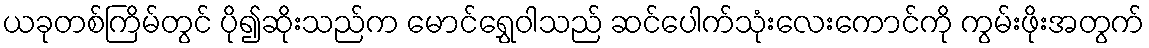
ယခုတစ်ကြိမ်တွင် ပို၍ဆိုးသည်က မောင်ရွှေဝါသည် ဆင်ပေါက်သုံးလေးကောင်ကို ကွမ်းဖိုးအတွက်